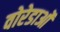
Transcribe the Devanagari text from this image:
वोरेडाओं